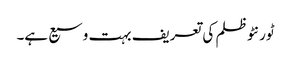
ٹورنٹو ظلم کی تعریف بہت وسیع ہے۔